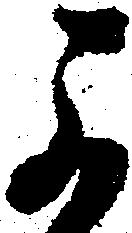
可